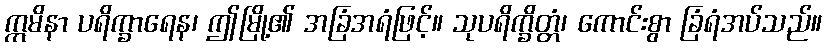
ဣမိနာ ပရိက္ခာရေန၊ ဤမြို့၏ အခြံအရံဖြင့်။ သုပရိက္ခိတ္တံ၊ ကောင်းစွာ ခြံရံအပ်သည်။